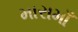
મારામાઁ